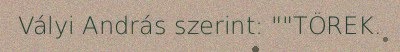
Vályi András szerint: ""TÖREK.